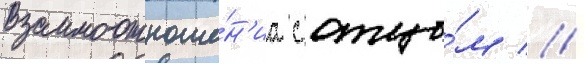
взаимоотноше́н'иа с отцо́м //